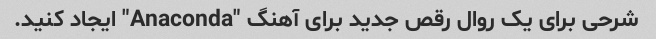
شرحی برای یک روال رقص جدید برای آهنگ "Anaconda" ایجاد کنید.